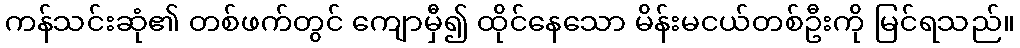
ကန်သင်းဆုံ၏ တစ်ဖက်တွင် ကျောမှီ၍ ထိုင်နေသော မိန်းမငယ်တစ်ဦးကို မြင်ရသည်။